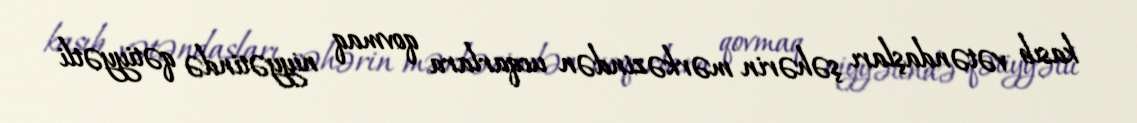
kasıb vətəndaşları şəhərin mərkəzindən ucqarlara qovmaq niyyətində qətiyyətli